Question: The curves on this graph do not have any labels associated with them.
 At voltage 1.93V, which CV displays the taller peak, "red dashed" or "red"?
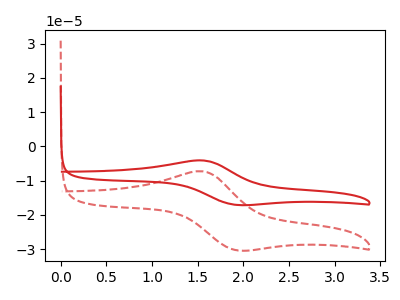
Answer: <think>The red curve "red" has an anodic peak at (1.55V, -4.10uA) and a cathodic peak at (1.95V, -17.10uA). The red dashed curve "red dashed" has an anodic peak at (1.55V, -7.30uA) and a cathodic peak at (1.95V, -30.35uA).</think>
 <answer>The peak at 1.93V is higher in "red dashed" than in "red".</answer>
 <eval>higher</eval>